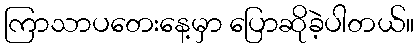
ကြာသာပတေးနေ့မှာ ပြောဆိုခဲ့ပါတယ်။